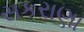
સકરાણા